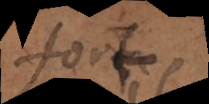
fort